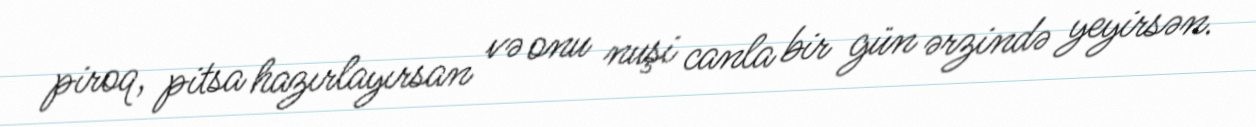
piroq, pitsa hazırlayırsan və onu nuşi canla bir gün ərzində yeyirsən.